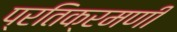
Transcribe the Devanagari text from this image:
प्रतिक्रमणी